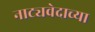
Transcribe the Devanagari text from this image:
नाट्यवेदाच्या